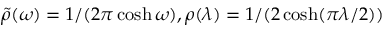
\tilde { \rho } ( \omega ) = 1 / ( 2 \pi \cosh \omega ) , \rho ( \lambda ) = 1 / ( 2 \cosh ( \pi \lambda / 2 ) )